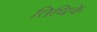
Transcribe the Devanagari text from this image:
तिथिके